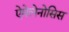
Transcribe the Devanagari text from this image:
ऐमेलेनोसिस